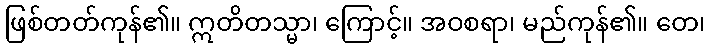
ဖြစ်တတ်ကုန်၏။ ဣတိတသ္မာ၊ ကြောင့်။ အဝစရာ၊ မည်ကုန်၏။ တေ၊